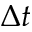
\Delta t